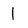
Character: 1